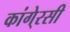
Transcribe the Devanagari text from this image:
कांगे्रसी